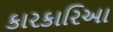
કારકારિઆ